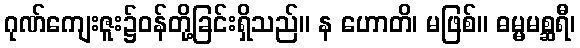
ဂုဏ်ကျေးဇူး၌ဝန်တို့ခြင်းရှိသည်။ န ဟောတိ၊ မဖြစ်။ ဓမ္မမစ္ဆရီ၊